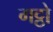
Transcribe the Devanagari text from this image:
गट्ठो